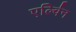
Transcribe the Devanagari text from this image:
एर्ल्विन